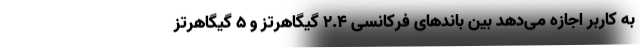
به کاربر اجازه می‌دهد بین باندهای فرکانسی ۲.۴ گیگاهرتز و ۵ گیگاهرتز